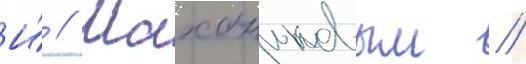
И́ // Маханьковым //